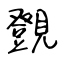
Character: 覴